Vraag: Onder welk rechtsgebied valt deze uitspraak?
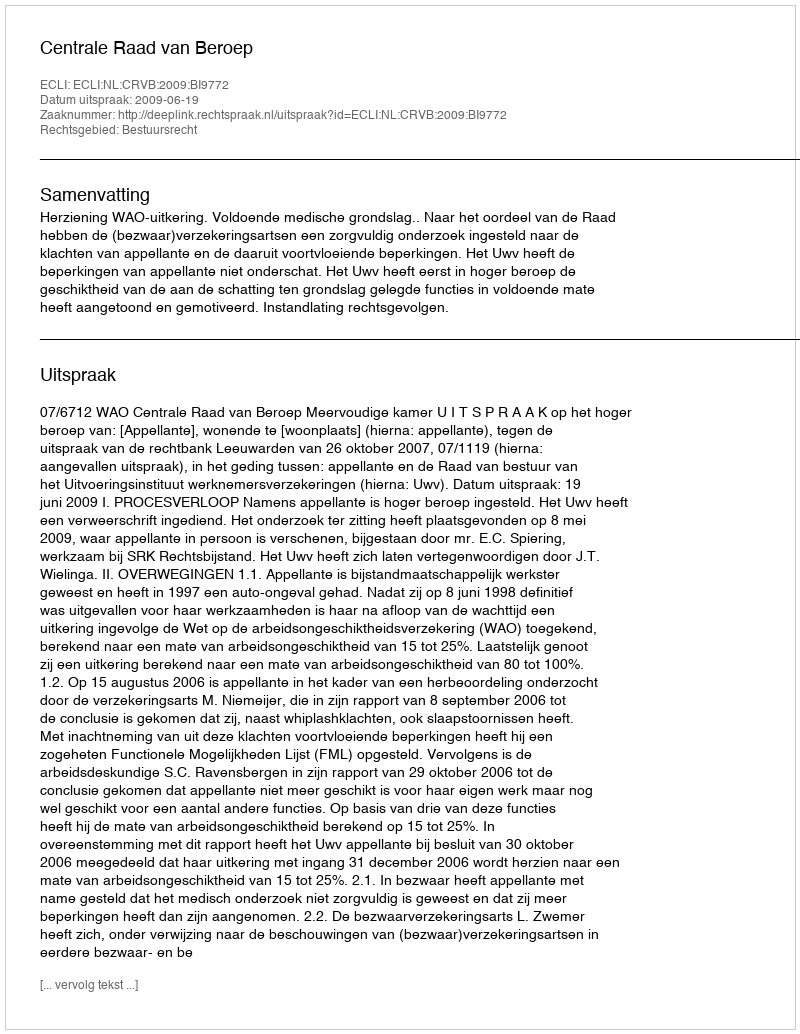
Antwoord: Bestuursrecht